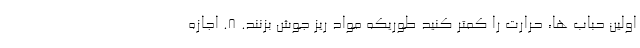
اولین حباب ها، حرارت را کمتر کنید طوریکه مواد ریز جوش بزنند. ۸. اجازه